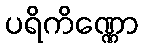
ပရိကိဏ္ဏော